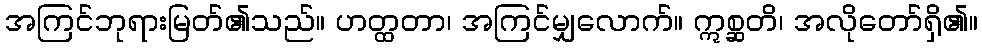
အကြင်ဘုရားမြတ်၏သည်။ ဟတ္ထတာ၊ အကြင်မျှလောက်။ ဣစ္ဆတိ၊ အလိုတော်ရှိ၏။